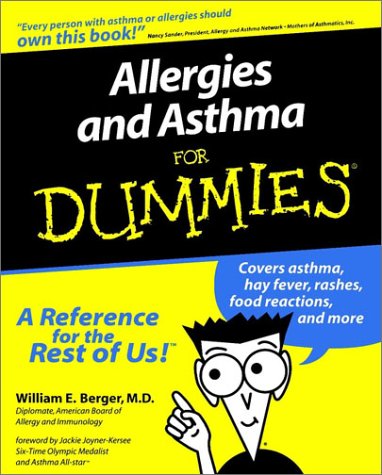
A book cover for Allergies and Asthma For Dummies; William E. Berger; Health, Fitness & Dieting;